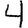
Digit: 4